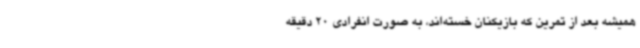
همیشه بعد از تمرین که بازیکنان خسته‌اند، به صورت انفرادی 20 دقیقه